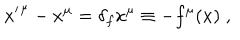
{ x ^ { \prime } } ^ { \mu } - x ^ { \mu } = \delta _ { f } x ^ { \mu } \equiv - f ^ { \mu } ( x ) \; ,